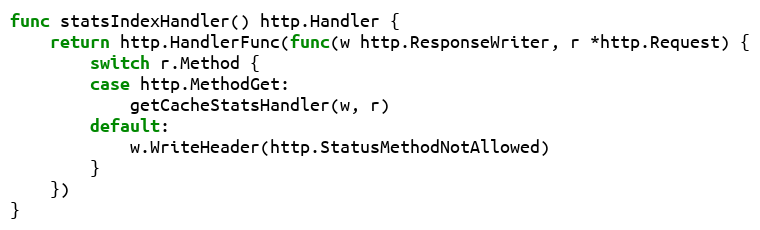
Language: Go
func statsIndexHandler() http.Handler {
	return http.HandlerFunc(func(w http.ResponseWriter, r *http.Request) {
		switch r.Method {
		case http.MethodGet:
			getCacheStatsHandler(w, r)
		default:
			w.WriteHeader(http.StatusMethodNotAllowed)
		}
	})
}